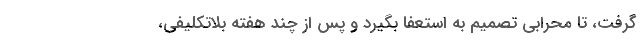
گرفت، تا محرابی تصمیم به استعفا بگیرد و پس از چند هفته بلاتکلیفی،